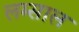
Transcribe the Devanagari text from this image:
लम्साल